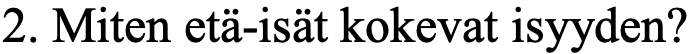
2. Miten etä-isät kokevat isyyden?